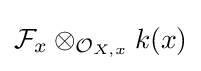
{\mathcal {F}}_{x}\otimes _{{\mathcal {O}}_{X,x}}k(x)